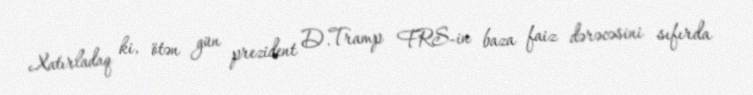
Xatırladaq ki, ötən gün prezident D.Tramp FRS-in baza faiz dərəcəsini sıfırda